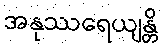
အနုဿရေယျန္တိ